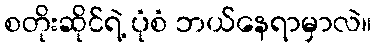
စတိုးဆိုင်ရဲ့ ပုံစံ ဘယ်နေရာမှာလဲ။